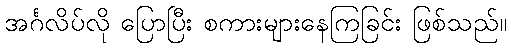
အင်္ဂလိပ်လို ပြောပြီး စကားများနေကြခြင်း ဖြစ်သည်။